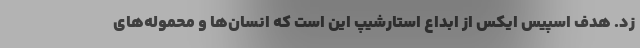
زد. هدف اسپیس ایکس از ابداع استارشیپ این است که انسان‌ها و محموله‌های